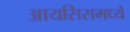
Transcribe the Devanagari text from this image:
आयसिसमध्ये